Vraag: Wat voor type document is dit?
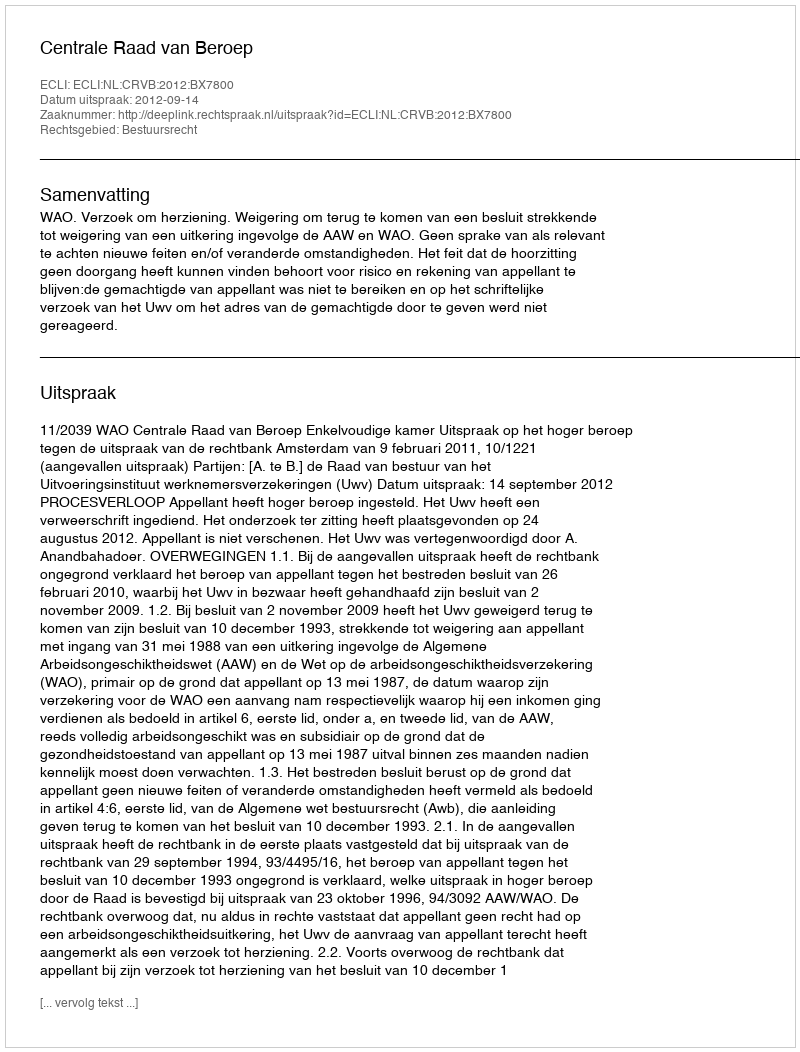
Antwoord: Uitspraak